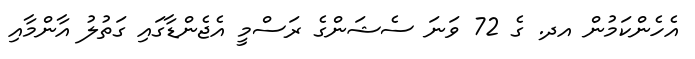
އެހެންކަމުން އދ. ގެ 72 ވަނަ ސެޝަންގެ ރަސްމީ އެޖެންޑާގައި ގަތުލު އާންމާއި